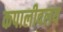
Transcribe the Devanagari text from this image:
कपालीवलय